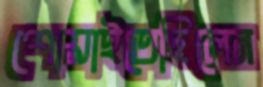
শোয়াইতেছিলেন